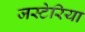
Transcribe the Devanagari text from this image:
जस्टेरिया